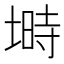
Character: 塒